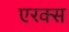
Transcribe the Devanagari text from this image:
एरक्स